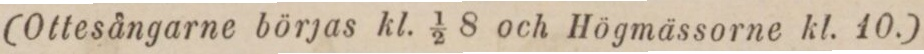
(Ottesångarne börjas kl. 1/2 8 och Högmässorne kl. 10.)